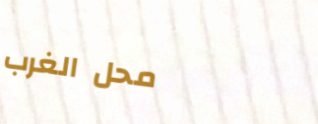
محل الغرب